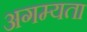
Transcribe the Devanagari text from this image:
अगम्यता